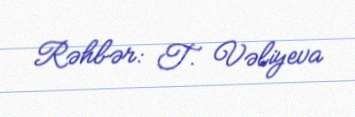
Rəhbər: T. Vəliyeva